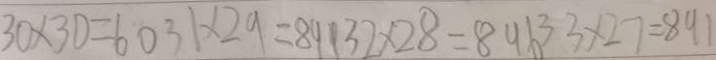
3 0 \times 3 0 = 6 0 3 1 \times 2 9 = 8 9 1 3 2 \times 2 8 = 8 9 6 3 3 \times 2 7 = 8 9 1